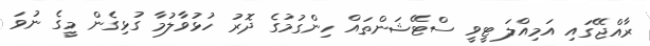
ރާއްޖޭގައި އަމިއްލަ ޓީވީ ސްޓޭޝަންތައް ހިންގުމުގެ ދޮރު ހުޅުވާލުމާ ގުޅިގެން މީގެ ނުވަ